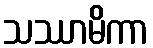
သဿာမိကာ